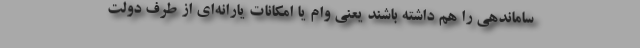
ساماندهی را هم داشته باشند یعنی وام یا امکانات یارانه‌ای از طرف دولت